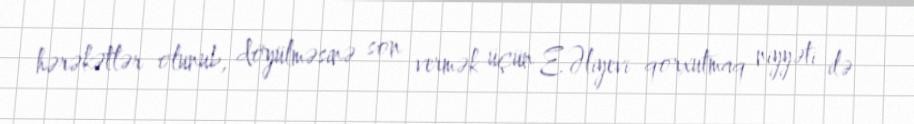
hərəkətlər olunub, döyülməsinə son vermək üçün E.Əliyevi qorxutmaq niyyəti ilə